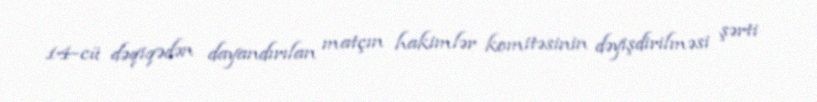
14-cü dəqiqədən dayandırılan matçın hakimlər komitəsinin dəyişdirilməsi şərti